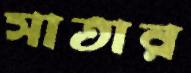
সাতার